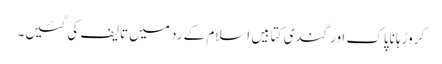
کروڑہا ناپاک اور گندی کتابیں اسلام کے رد میں تالیف کی گئیں۔